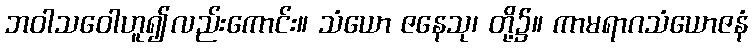
ဘဝါသဝေါဟူ၍လည်းကောင်း။ သံယော ဇနေသု၊ တို့၌။ ကာမရာဂသံယောဇနံ